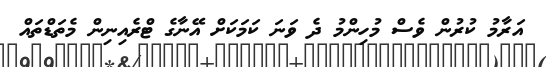
އަރާމު ކުރުން ވެސް މުހިންމު ދެ ވަނަ ކަމަކަށް އޭނާގެ ޓްރެއިނިން މެތަޑްްތައް